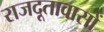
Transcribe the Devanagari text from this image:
राजदूतावासों